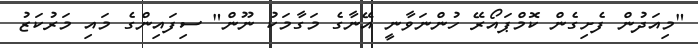
"މިއަދުން ފެށިގެން ކޮމްޕައޯރޭ ހުންނަވާނީ އޭނާގެ މަގާމަކު ނޫން" ސިފައިންގެ މައި މަރުކަޒު